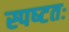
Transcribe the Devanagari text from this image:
स्पष्‍टतः